Vaccination in Bombay 1856-1862 - 1856-1862
Year: 1856
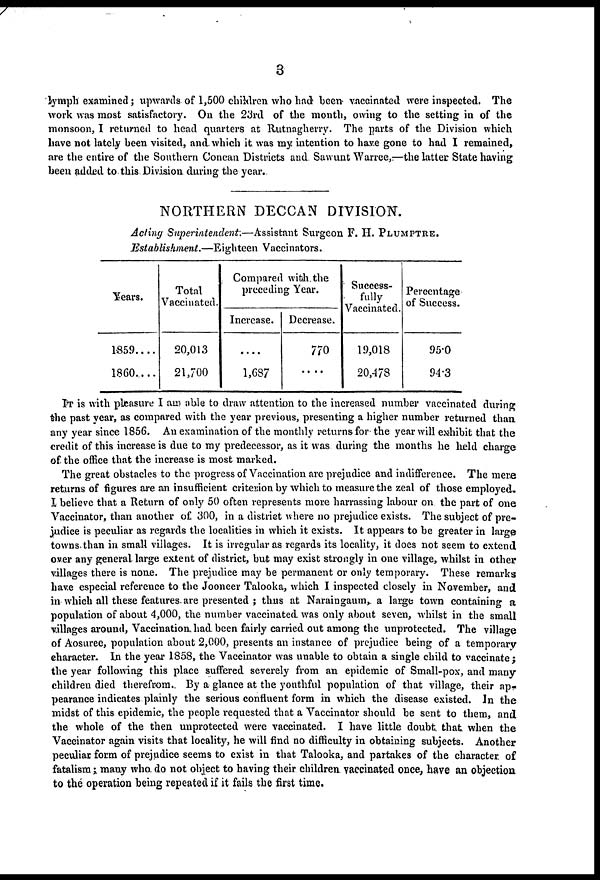
3
lymph examined; upwards of 1,500 children who had been vaccinated were inspected. The
work was most satisfactory. On the 23rd of the month, owing to the setting in of the
monsoon, I returned to head quarters at Rutnagherry. The parts of the Division which
have not lately been visited, and. which it was my intention to have gone to had I remained,
are the entire of the Southern Concan Districts and Sawunt Warree,—the latter State having
been added to this Division during the year..
NORTHERN DECCAN DIVISION.
Acting Superintendent:—Assistant Surgeon F. H. PLUMPTRE.
Establishment.—Eighteen Vaccinators.
Years.
1859 . . . .
1860 . . . .
Total
Vaccinated.
20,013
21,700
Compared with the
preceding Year.
Increase.
....
1,687
Decrease.
770
....
Success-
fully
Vaccinated.
19,018
20,478
Percentage
of Success.
95.0
94.3
IT is with pleasure I am able to draw attention to the increased number vaccinated during
the past year, as compared with the year previous, presenting a higher number returned than
any year since 1856. An examination of the monthly returns for the year will exhibit that the
credit of this increase is due to my predecessor, as it was during the months he held charge
of the office that the increase is most marked.
The great obstacles to the progress of Vaccination are prejudice and indifference. The mere
returns of figures are an insufficient criterion by which to measure the zeal of those employed.
I believe that a Return of only 50 often represents more harrassing labour on the part of one
Vaccinator, than another of 300, in a district where no prejudice exists. The subject of pre-
judice is peculiar as regards the localities in which it exists. It appears to be greater in large
towns than in small villages. It is irregular as regards its locality, it does not seem to extend
over any general large extent of district, but may exist strongly in one village, whilst in other
villages there is none. The prejudice may be permanent or only temporary. These remarks
have especial reference to the Jooneer Talooka, which I inspected closely in November, and
in which all these features are presented ; thus at Naraingaum, a large town containing a
population of about 4,000, the number vaccinated was only about seven, whilst in the small
villages around, Vaccination had been fairly carried out among the unprotected. The village
of Aosuree, population about 2,000, presents an instance of prejudice being of a temporary
character. In the year 1858, the Vaccinator was unable to obtain a single child to vaccinate;
the year following this place suffered severely from an epidemic of Small-pox, and many-
children died therefrom. By a glance at the youthful population of that village, their ap-
pearance indicates plainly the serious confluent form in which the disease existed. In the
midst of this epidemic, the people requested that a Vaccinator should be sent to them, and
the whole of the then unprotected were vaccinated. I have little doubt that when the
Vaccinator again visits that locality, he will find no difficulty in obtaining subjects. Another
peculiar form of prejudice seems to exist in that Talooka, and partakes of the character of
fatalism ; many who. do not object to having their children vaccinated once, have an objection
to the operation being repeated if it fails the first time.